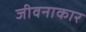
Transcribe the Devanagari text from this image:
जीवनाकार